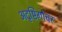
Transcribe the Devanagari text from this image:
अदृष्टिगोचर